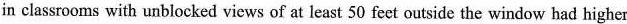
in classrooms with unblocked vicws of at least 50 feet outside the window had higher